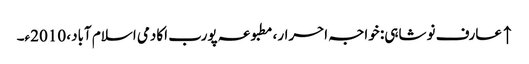
↑ عارف نوشاہی: خواجہ احرار، مطبوعہ پورب اکادمی اسلام آباد، 2010ء۔